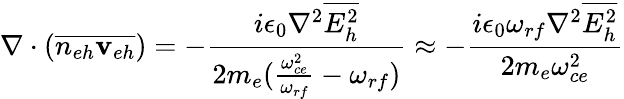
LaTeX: \nabla\cdot(\overline{{n_{eh}{{\mathbf v}_{eh}}}})=-\frac{i\epsilon_{0}\nabla^{2}\overline{{E_{h}^{2}}}}{2m_{e}(\frac{\omega_{ce}^{2}}{\omega_{rf}}-\omega_{rf})}\approx-\frac{i\epsilon_{0}\omega_{rf}\nabla^{2}\overline{{E_{h}^{2}}}}{2m_{e}\omega_{ce}^{2}}